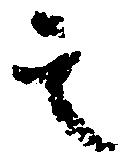
其